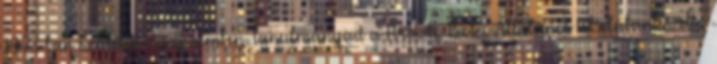
1973-ban született Veszprémben. Tanulmányait a Hriszto Botev Általános Iskolábankezdte,